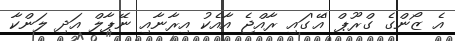
އެ ޒޯންގެ ގްރޫޕް 'އޭ'ގައި ރާއްޖެ އާއެކު އިރާނާއި ނޭޕާލް އަދި ލަންކާ